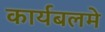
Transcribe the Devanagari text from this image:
कार्यबलमे